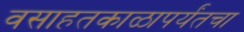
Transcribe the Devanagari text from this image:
वसाहतकाळापर्यंतचा